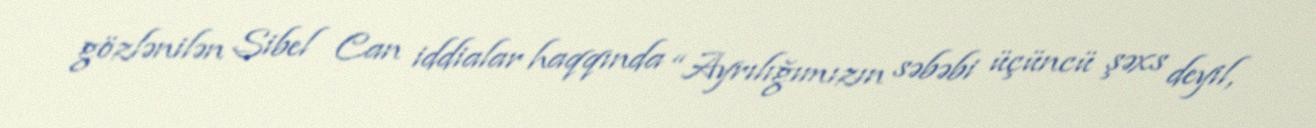
gözlənilən Sibel Can iddialar haqqında “Ayrılığımızın səbəbi üçüncü şəxs deyil,